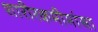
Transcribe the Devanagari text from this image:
शारीरकमीमांसा